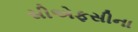
સીએફસીના